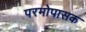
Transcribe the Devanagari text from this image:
परमोपासक